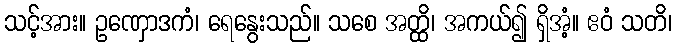
သင့်အား။ ဥဏှောဒကံ၊ ရေနွေးသည်။ သစေ အတ္ထိ၊ အကယ်၍ ရှိအံ့။ ဧဝံ သတိ၊